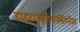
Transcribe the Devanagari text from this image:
डाइहाइड्रोसक्सिनिक